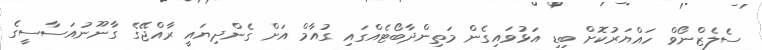
ސެލެޒްނޯވް ހައްޔަރުކޮށް ބިޑި އަޅުވައިގެން މަތިންދާބޯޓެއްގައި ގުއާމް އަށް ގެންދިޔައީ ރާއްޖޭގެ ގާނޫނުއަސާސީގެ